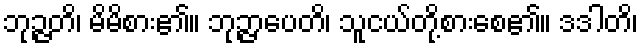
ဘုဉ္ဇတိ၊ မိမိစား၏။ ဘုဉ္ဇာပေတိ၊ သူငယ်တို့စားစေ၏။ ဒဒါတိ၊